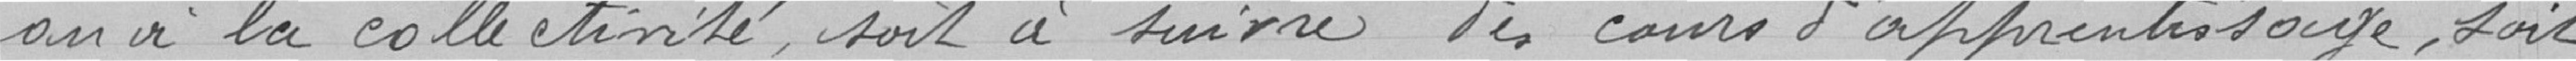
ou à la collectivité , soit à suivre des cours d'apprentissage , soit